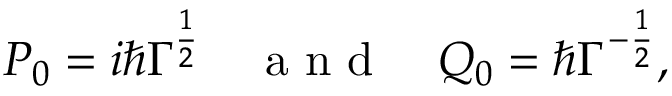
P _ { 0 } = i \hbar \Gamma ^ { \frac { 1 } { 2 } } \quad \mathrm { ~ a ~ n ~ d ~ } \quad Q _ { 0 } = \hbar \Gamma ^ { - \frac { 1 } { 2 } } ,